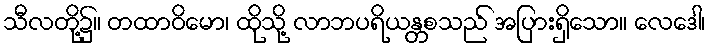
သီလတို့၌။ တထာဝိမော၊ ထိုသို့ လာဘပရိယန္တစသည် အပြားရှိသော။ လေဒေါ၊